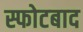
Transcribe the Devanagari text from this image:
स्फोटबाद